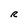
Character: R